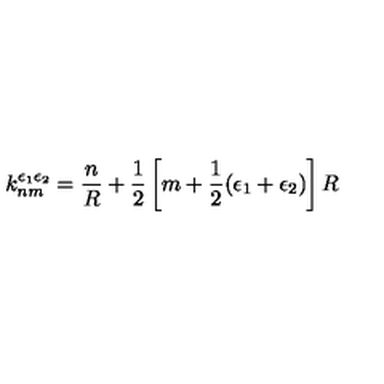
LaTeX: k _ { n m } ^ { \epsilon _ { 1 } \epsilon _ { 2 } } = \frac { n } { R } + \frac { 1 } { 2 } \left[ m + \frac { 1 } { 2 } ( \epsilon _ { 1 } + \epsilon _ { 2 } ) \right] R